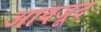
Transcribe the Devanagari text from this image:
आवजूद